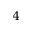
4